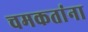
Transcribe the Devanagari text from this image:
चमकतांना